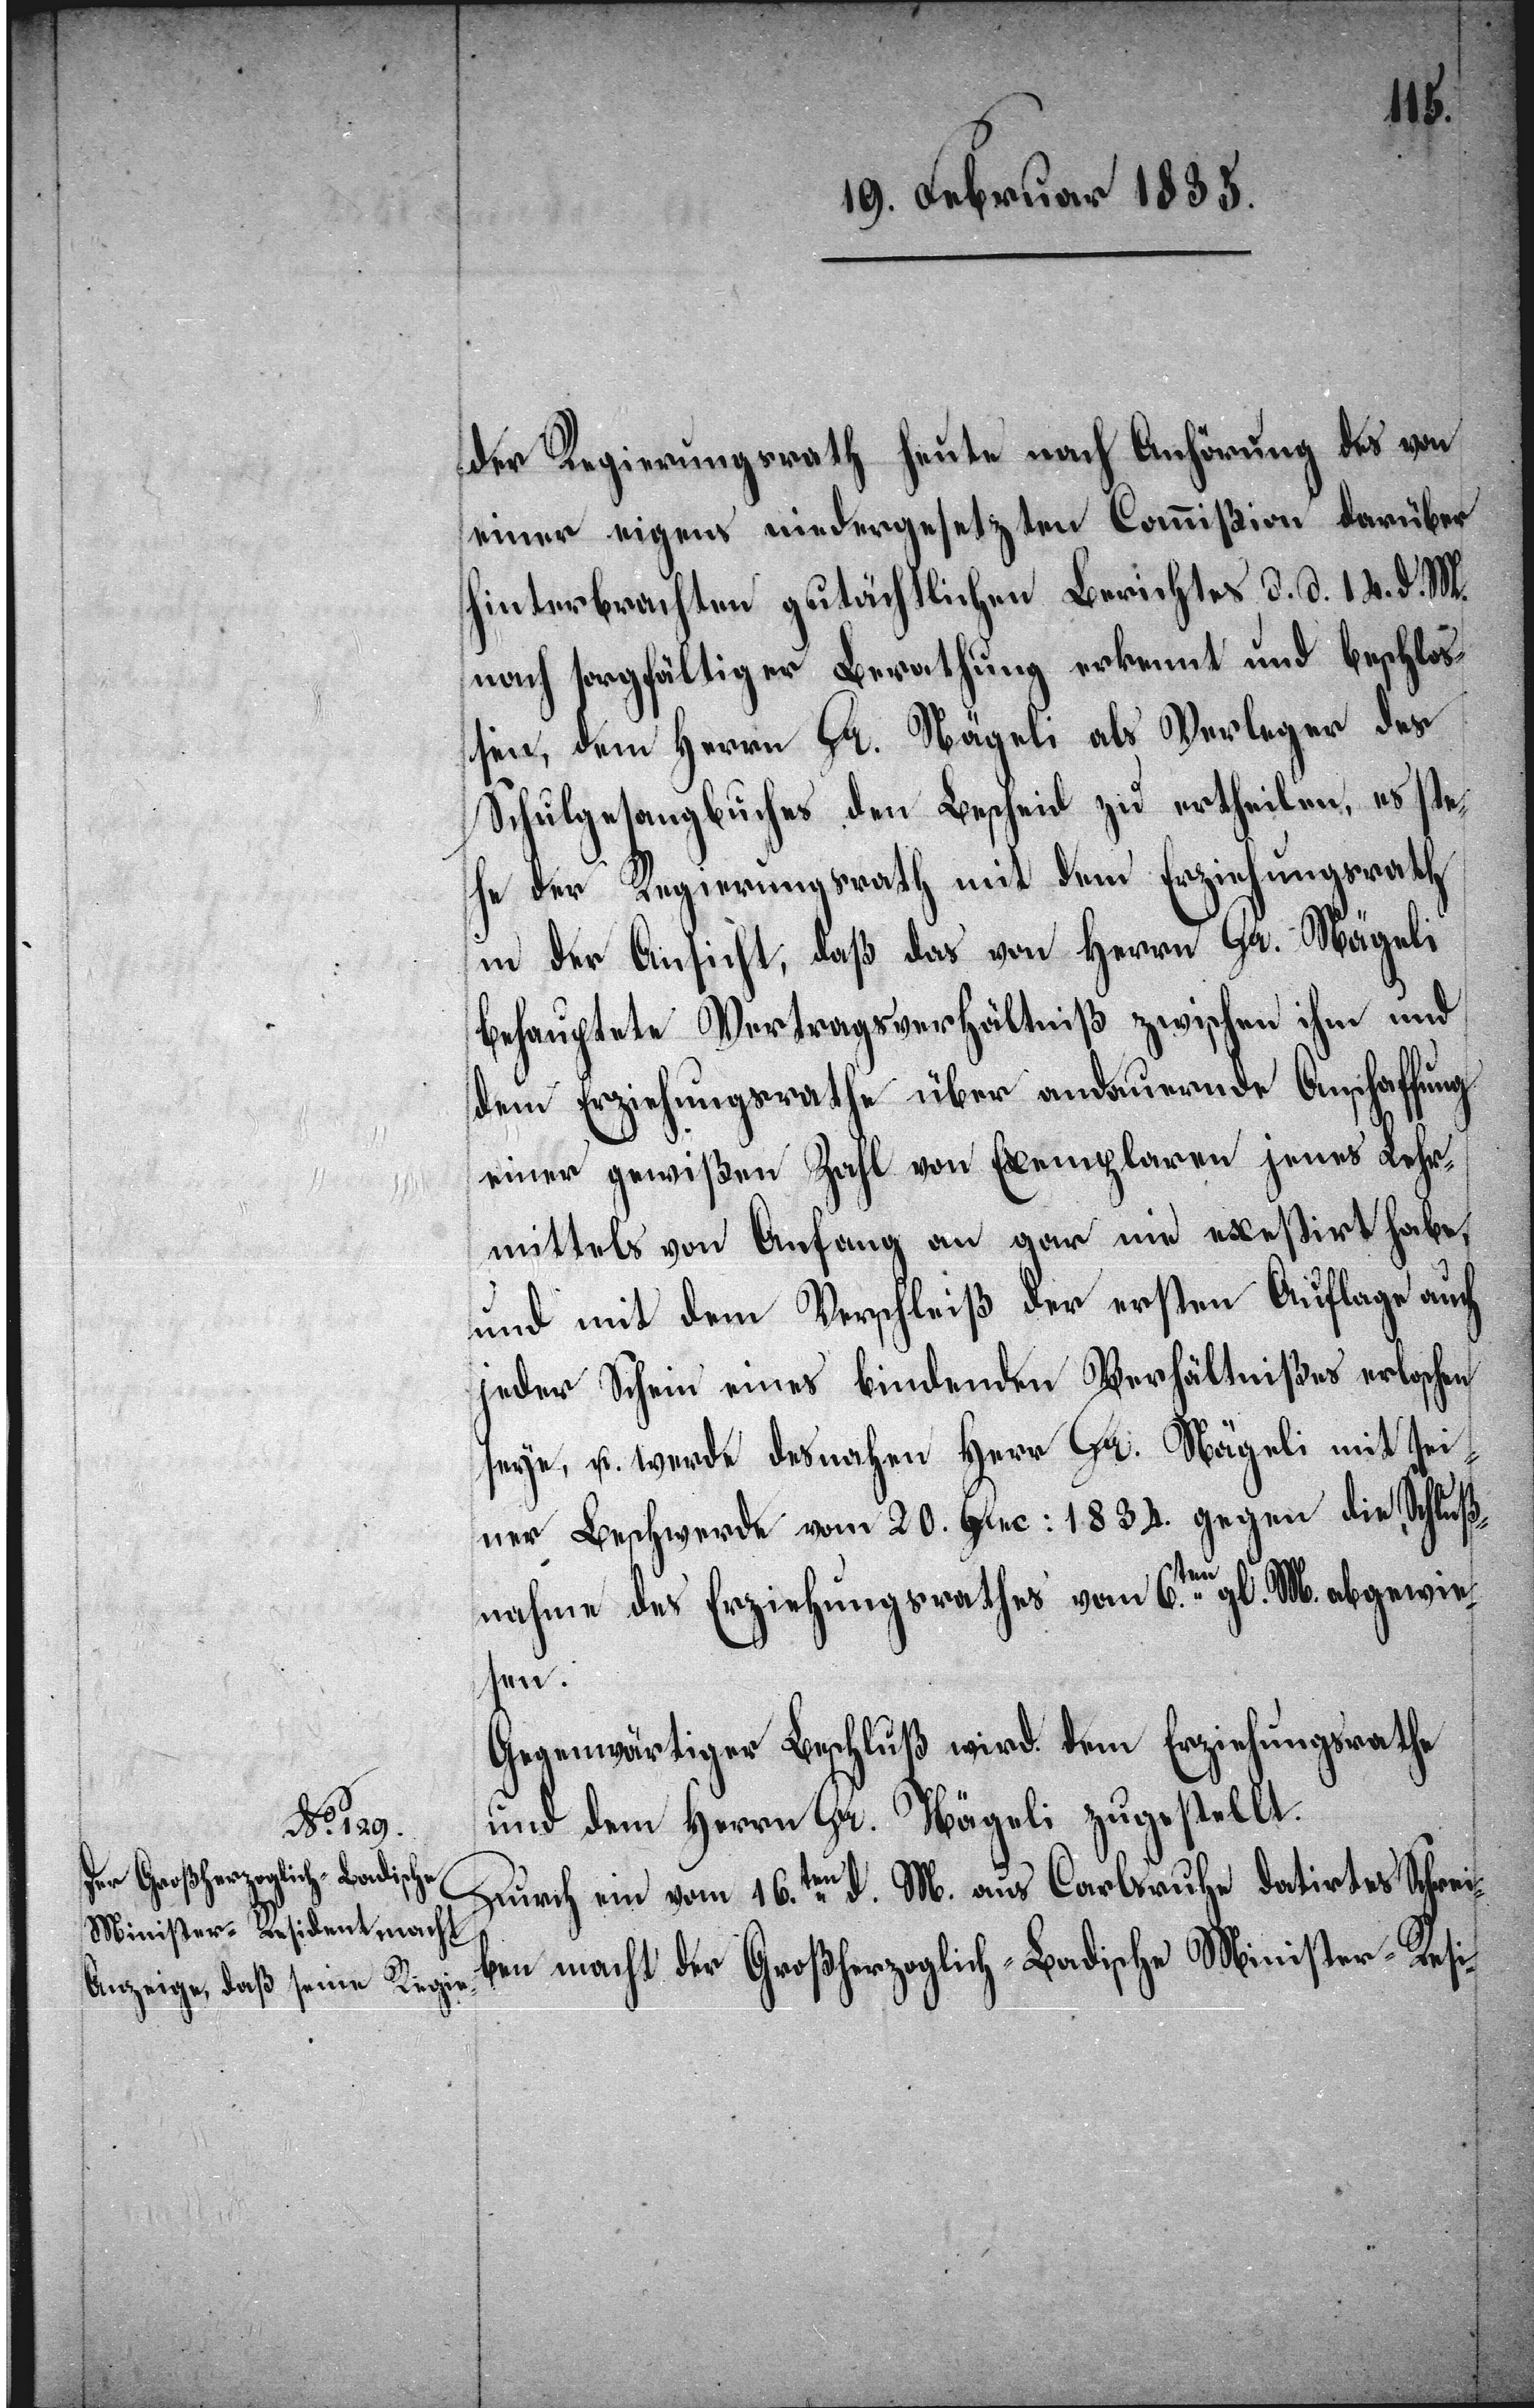
der Regierungsrath heute nach Anhörung des von
einer eigens niedergesetzten Commißion darüber
hinterbrachten gutächtlichen Berichtes d. d. 14. d. M.
nach sorgfältiger Berathung erkennt und beschlo¬
ßen, dem Herrn Dr. Nägeli als Verleger des
Schulgesangbuches den Bescheid zu ertheilen, es ste¬
he der Regierungsrath mit dem Erziehungsrath
in der Ansicht, daß das von Herrn Dr. Nägeli
behauptete Vertragsverhältniß zwischen ihm und
dem Erziehungsrathe über andauernde Anschaffung
einer gewißen Zahl von Exemplaren jenes Lehr¬
mittels von Anfang an gar nie existirt habe,
und mit dem Verschleiß der ersten Auflage auch
jeder Schein eines bindenden Verhältnißes erloschen
seye, u. werde desnahen Herr. Dr. Nägeli mit sei¬
ner Beschwerde vom 20. Dec: 1834. gegen die Schluß¬
nahme des Erziehungsrathes vom 6ten. gl. M. abgewie¬
sen.
Gegenwärtiger Beschluß wird dem Erziehungsrathe
und dem Herrn Dr. Nägeli zugestellt.
Durch ein vom 16.ten d. M. aus Carlsruhe datirtes Schrei¬
ben macht der Großherzoglich-Badische Minister-Resi-